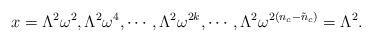
LaTeX: \begin{align*}x = \Lambda^2 \omega^2, \Lambda^2 \omega^{4}, \cdots, \Lambda^2 \omega^{2k}, \cdots, \Lambda^2 \omega^{2(n_{c}-\tilde{n}_{c})}=\Lambda^2 . \end{align*}